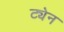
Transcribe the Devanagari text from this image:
ट्येन